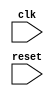
module core_top(
    input wire clk,
    input wire reset
);

// To Implement

endmodule